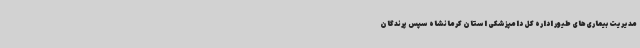
مدیریت بیماری‌های طیور اداره کل دامپزشکی استان کرمانشاه سپس پرندگان